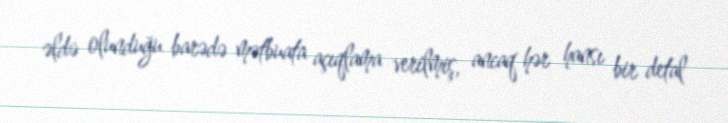
əldə olunduğu barədə mətbuata açıqlama verilmiş, ancaq hər hansı bir detal